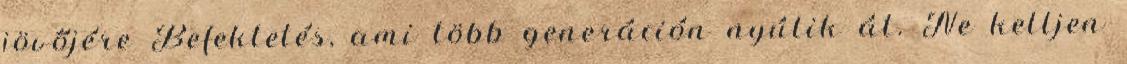
jövőjére Befektetés, ami több generáción nyúlik át. Ne kelljen